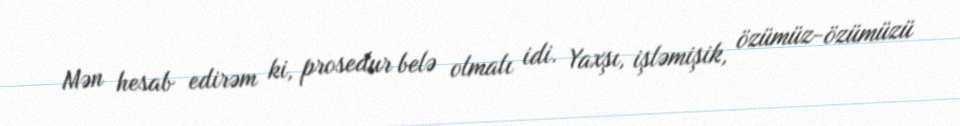
Mən hesab edirəm ki, prosedur belə olmalı idi. Yaxşı, işləmişik, özümüz-özümüzü